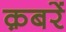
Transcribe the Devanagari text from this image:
क़बरें